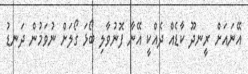
އޭނައަށް ރީނދޫ ކާޑެއް ދެއްކީ އޭނާ ފޮނުވާލި ބޯޅަ ގޯލަށް ނުވަމުން ދަނޑު